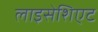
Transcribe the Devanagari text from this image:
लाइसेशिएट